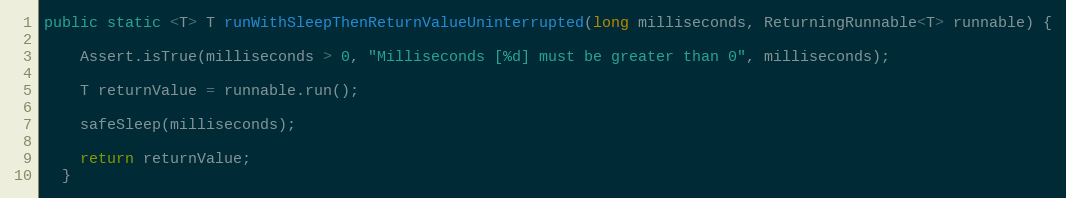
Language: Java
public static <T> T runWithSleepThenReturnValueUninterrupted(long milliseconds, ReturningRunnable<T> runnable) {

    Assert.isTrue(milliseconds > 0, "Milliseconds [%d] must be greater than 0", milliseconds);

    T returnValue = runnable.run();

    safeSleep(milliseconds);

    return returnValue;
  }